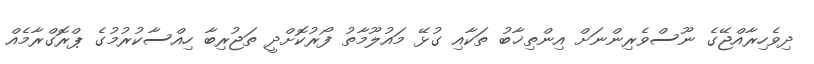
ދިވެހިރާއްޖޭގެ ނޫސްވެރިންނަށް އިންތިޚާބު ތަކާއި ގުޅޭ މައުލޫމާތު ފޯރުކޮށްދީ ތަޖުރިބާ ހިއްސާކުރުމުގެ ޕްރޮގްރާމެއް